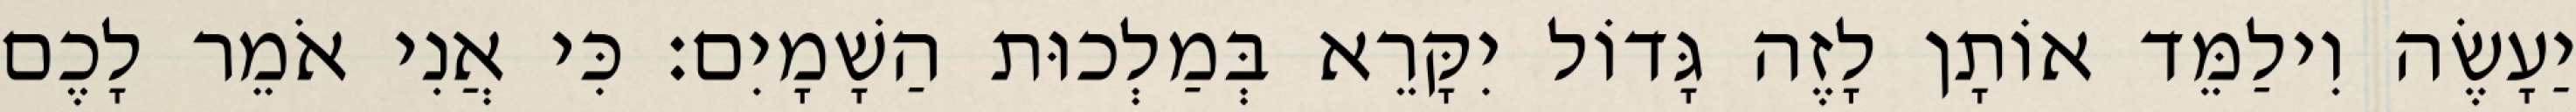
יַעָשֶׂה וִילַמֵּד אוֹתָן לָזֶה גָּדוֹל יִקָּרֵא בְּמַלְכוּת הַשָׁמָיִם׃ כִּי אֲנִי אֹמֵר לָכֶם